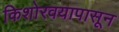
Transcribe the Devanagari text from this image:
किशोरवयापासून